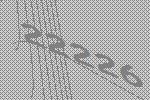
22226